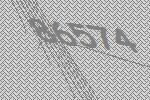
86574